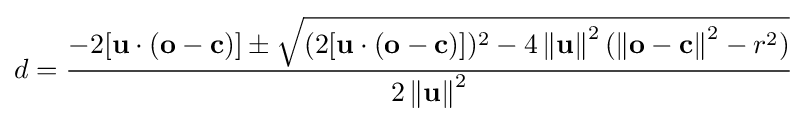
d={\frac {-2[\mathbf {u} \cdot (\mathbf {o} -\mathbf {c} )]\pm {\sqrt {(2[\mathbf {u} \cdot (\mathbf {o} -\mathbf {c} )])^{2}-4\left\Vert \mathbf {u} \right\Vert ^{2}(\left\Vert \mathbf {o} -\mathbf {c} \right\Vert ^{2}-r^{2})}}}{2\left\Vert \mathbf {u} \right\Vert ^{2}}}